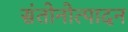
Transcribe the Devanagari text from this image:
संतोनोत्पादन